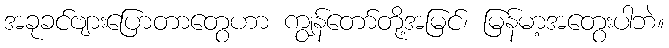
အခုခင်ဗျားပြောတာတွေဟာ ကျွန်တော်တို့အမြင်၊ မြန်မာ့အတွေးပါဘဲ။